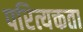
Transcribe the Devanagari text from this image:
परित्यक्तता